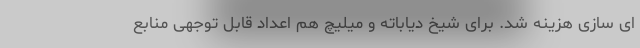
ای سازی هزینه شد. برای شیخ دیاباته و میلیچ هم اعداد قابل توجهی منابع